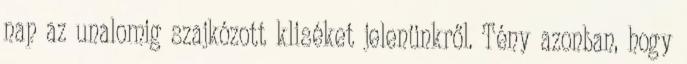
nap az unalomig szajkózott kliséket jelenünkről. Tény azonban, hogy